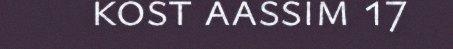
kost aassim 17